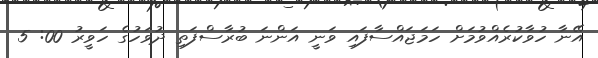
އޭނާ ހުވާކުރެއްވުމަށް ހަމަޖައްސާފައި ވަނީ އަންނަ ބުރާސްފަތި ދުވަހުގެ ހަވީރު 00: 5